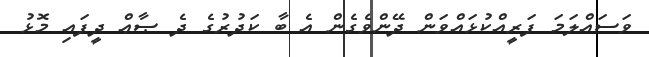
ވަސައްލަމަ ފަރީއްކުޅައްވަން ދޭންވެގެން އެ ބާ ކަދުރުގެ ދެ ޞާޢް ދީފައި މޮޅު